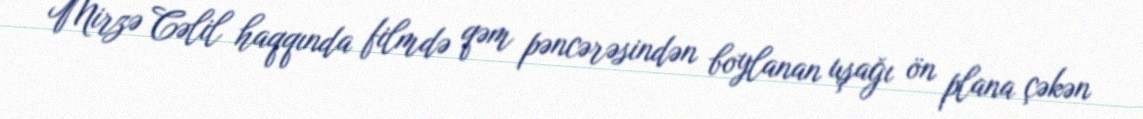
Mirzə Cəlil haqqında filmdə qəm pəncərəsindən boylanan uşağı ön plana çəkən